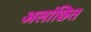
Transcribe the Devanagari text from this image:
अलांछित